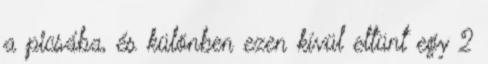
a picsába, és különben ezen kívül eltünt egy 2